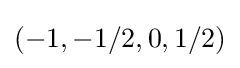
(-1,-1/2,0,1/2)